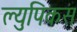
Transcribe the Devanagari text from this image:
ल्युपिकस